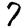
Digit: 7